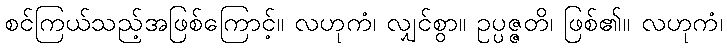
စင်ကြယ်သည့်အဖြစ်ကြောင့်။ လဟုကံ၊ လျှင်စွာ။ ဥပ္ပဇ္ဇတိ၊ ဖြစ်၏။ လဟုကံ၊